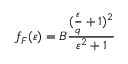
f _ { F } ( \varepsilon ) = B \frac { ( \frac { \varepsilon } { q } + 1 ) ^ { 2 } } { \varepsilon ^ { 2 } + 1 }